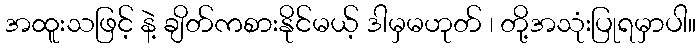
အထူးသဖြင့် နဲ့ ချိတ်ကစားနိုင်မယ့် ဒါမှမဟုတ် ၊ တို့အသုံးပြုရမှာပါ။